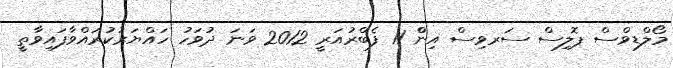
މޯލްޑިވްސް ޕޮލިސް ސަރވިސް އިންް 11 ފެބްރުއަރީ 2012 ވަނަ ދުވަހު ހައްޔަރުކުރައްވާފައިވާތީ